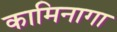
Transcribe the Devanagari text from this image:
कामिनागा